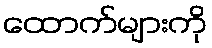
ထောက်များကို